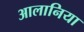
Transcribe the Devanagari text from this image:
आलानिया